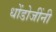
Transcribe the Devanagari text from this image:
धोंडोजींनी